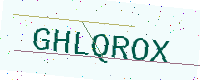
Text: GHLQROX